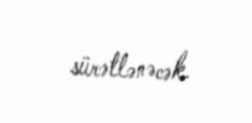
sürətlənəcək.